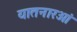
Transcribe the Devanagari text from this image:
यातनारओं